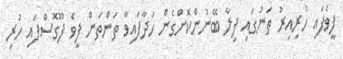
ފީވެފައި ހުރިއިރު ތަނުގައި ފިލާ ބޭނުންކޮށްގެން ހަދާފައިވާ ތަންތަން ފީވެ ފޫގޮސްފައި ހުރި